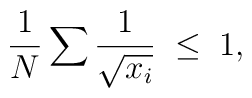
{1\over N}\sum {1\over \sqrt{x_i}}\;\leq \;1,